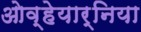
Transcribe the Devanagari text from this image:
ओव्हेयार्निया